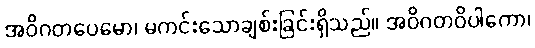
အဝိဂတပေမော၊ မကင်းသောချစ်းခြင်းရှိသည်။ အဝိဂတဝိပါကော၊